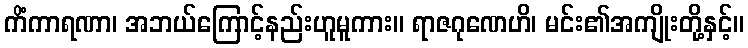
ကိံကာရဏာ၊ အဘယ်ကြောင့်နည်းဟူမူကား။ ရာဇဂုဏေဟိ၊ မင်း၏အကျိုးတို့နှင့်။